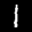
Label: 1